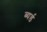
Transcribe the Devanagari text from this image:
ब्यर्ड